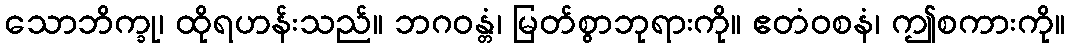
သောဘိက္ခု၊ ထိုရဟန်းသည်။ ဘဂဝန္တံ၊ မြတ်စွာဘုရားကို။ ဧတံဝစနံ၊ ဤစကားကို။